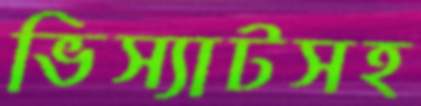
ভিস্যাটসহ